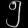
Digit: ၅